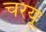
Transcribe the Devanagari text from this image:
चरयू